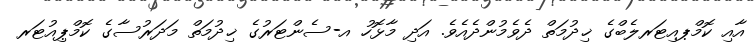
އާއި ކޮމްޕއިޓަރލެބްގެ ޚިދުމަތް ދެވެމުންދެއެވެ. އަދި މާޅޮހު އ-ސެންޓަރުގެ ޚިދުމަތް މަދަރުސާގެ ކޮމްޕިއުޓަރ